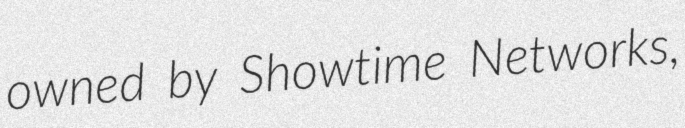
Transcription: owned by Showtime Networks,